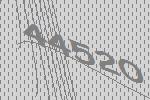
44520